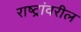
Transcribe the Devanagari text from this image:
राष्ट्रांवरील